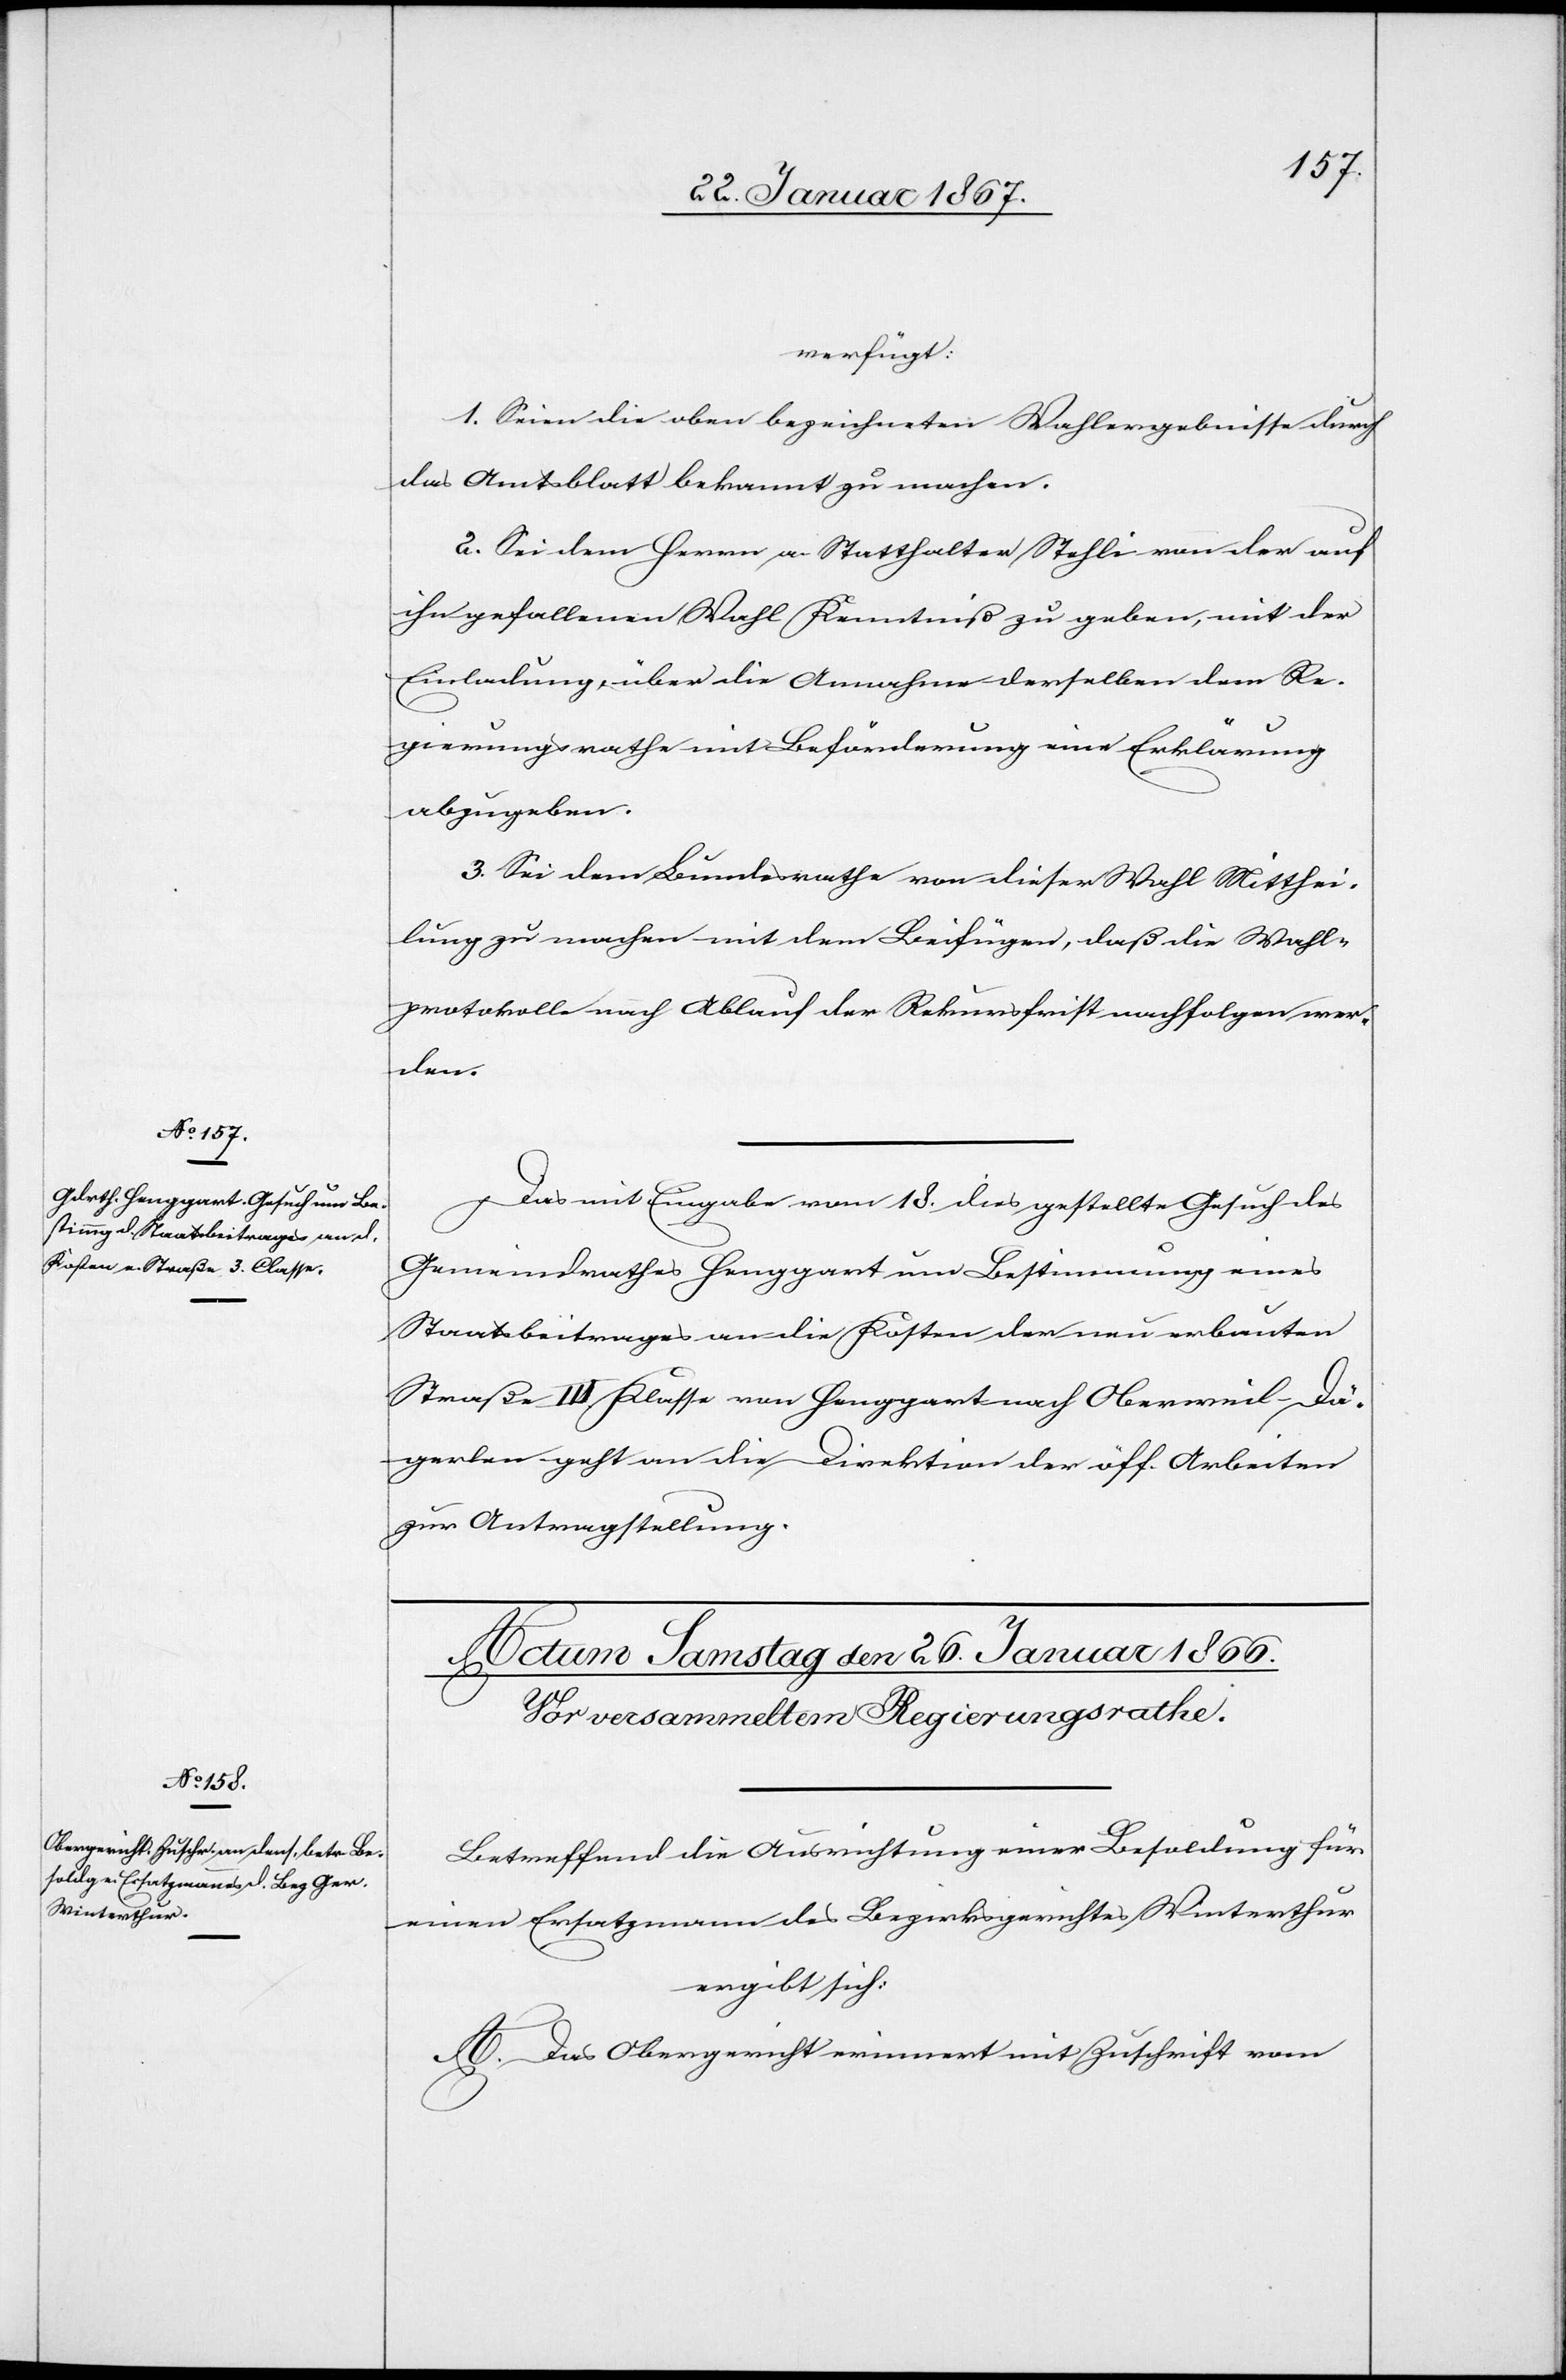
24. Januar 1867]
verfügt:
1. Seien die oben bezeichneten Wahlergebnisse durch
das Amtsblatt bekannt zu machen.
2. Sei dem Herr a. Statthalter Stehli von der auf
ihn gefallenen Wahl Kenntniß zu geben, mit der
Einladung, über die Annahme derselben dem Re¬
gierungsrathe mit Beförderung eine Erklärung
abzugeben.
3. Sei dem Bundesrathe von dieser Wahl Mitthei¬
lung zu machen mit dem Beifügen, daß die Wahl¬
protokolle nach Ablauf der Rekursfrist nachfolgen wer¬
den.
Das mit Eingabe vom 18. dies gestellte Gesuch des
Gemeinderathes Henggart um Bestimmung eines
Staatsbeitrages an die Kosten der neu erbauten
Straße III. Klasse von Henggart nach Oberweil-Dä¬
gerlen geht an die Direktion der öff. Arbeiten
zur Antragstellung.
Betreffend die Ausrichtung einer Besoldung für
einen Ersatzmann des Bezirksgerichtes Winterthur
ergibt sich:
A. Das Obergericht erinnert mit Zuschrift vom